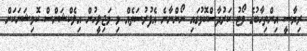
ރިޔާސީ އިންތިހާބުގެ ވޯޓު ކަރުދާސްކޮޅުގައި ނޯންނާނެ އެފުރުސަތެއް މި މަޖިލީހުން އިލެކްޝަންސް ކޮމިޝަނަކަށް